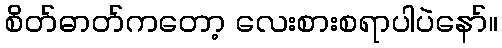
စိတ်ဓာတ်ကတော့ လေးစားစရာပါပဲနော်။